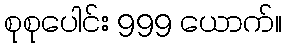
စုစုပေါင်း 999 ယောက်။